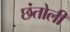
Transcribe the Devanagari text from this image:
छंतोली